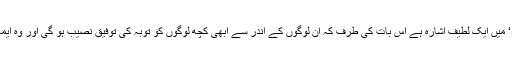
’وَیَتُوْبُ اللّٰہُ عَلٰی مَنْ یَّشَآءُ‘ میں ایک لطیف اشارہ ہے اس بات کی طرف کہ ان لوگوں کے اندر سے ابھی کچھ لوگوں کو توبہ کی توفیق نصیب ہو گی اور وہ ایمان سے مشرف ہوں گے۔